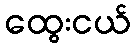
ထွေးငယ်